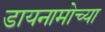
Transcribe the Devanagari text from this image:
डायनामोच्या